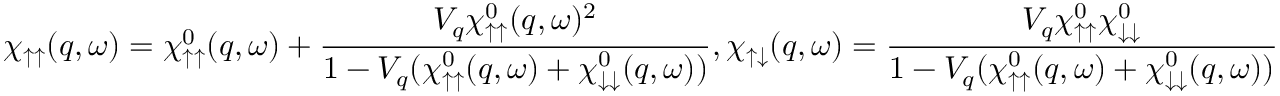
\chi _ { \uparrow \uparrow } ( q , \omega ) = \chi _ { \uparrow \uparrow } ^ { 0 } ( q , \omega ) + \frac { V _ { q } \chi _ { \uparrow \uparrow } ^ { 0 } ( q , \omega ) ^ { 2 } } { 1 - V _ { q } ( \chi _ { \uparrow \uparrow } ^ { 0 } ( q , \omega ) + \chi _ { \downarrow \downarrow } ^ { 0 } ( q , \omega ) ) } , \chi _ { \uparrow \downarrow } ( q , \omega ) = \frac { V _ { q } \chi _ { \uparrow \uparrow } ^ { 0 } \chi _ { \downarrow \downarrow } ^ { 0 } } { 1 - V _ { q } ( \chi _ { \uparrow \uparrow } ^ { 0 } ( q , \omega ) + \chi _ { \downarrow \downarrow } ^ { 0 } ( q , \omega ) ) }